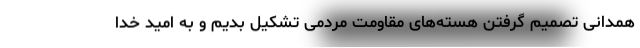
همدانی تصمیم گرفتن هسته‌های مقاومت مردمی تشکیل بدیم و به امید خدا